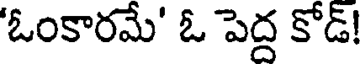
'ఓంకారమే' ఓ పెద్ద కోడ్!